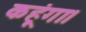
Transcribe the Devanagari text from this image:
कहूंगा।